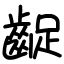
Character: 齪